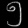
Digit: ၅